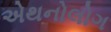
એથનોલોગ